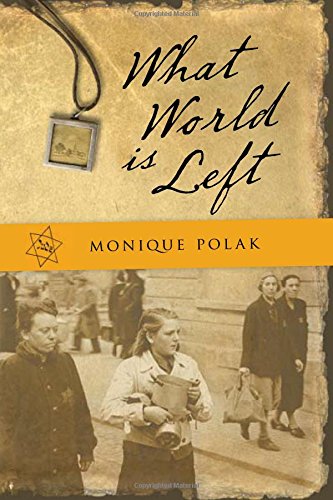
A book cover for What World is Left; Monique Polak; Teen & Young Adult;